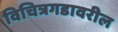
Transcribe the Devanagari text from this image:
विचित्रगडावरील